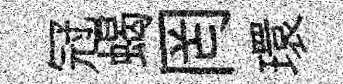
冠蝎罔環